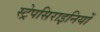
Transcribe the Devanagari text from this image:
स्ट्रेपसिराइनियों